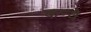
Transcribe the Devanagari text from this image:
कन्वे